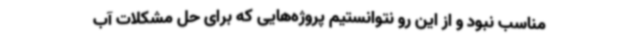
مناسب نبود و از این رو نتوانستیم پروژه‌هایی که برای حل مشکلات آب